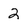
Character: 2